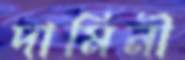
দামিনী